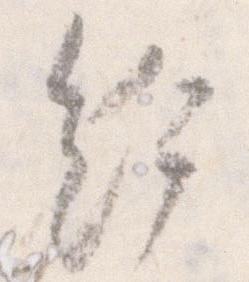
給